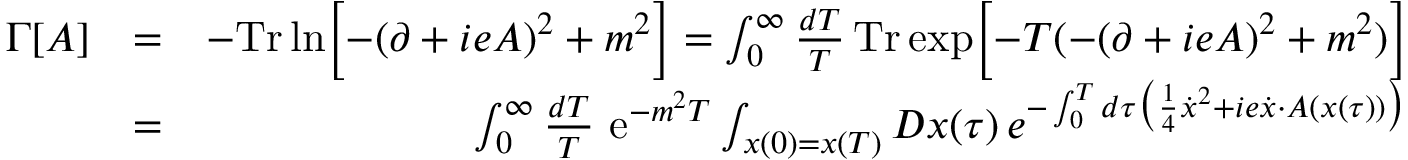
\begin{array} { r l r } { \Gamma [ A ] } & { = } & { - \mathrm { \mathrm { T r } \, } \mathrm { l n } \Bigl \lbrack - ( \partial + i e A ) ^ { 2 } + m ^ { 2 } \Bigr \rbrack = \int _ { 0 } ^ { \infty } \frac { d T } { T } \, \mathrm { T r } \, \mathrm { e x p } \Bigl \lbrack - T ( - ( \partial + i e A ) ^ { 2 } + m ^ { 2 } ) \Bigr \rbrack } \\ & { = } & { \int _ { 0 } ^ { \infty } \frac { d T } { T } \, \, \mathrm { e } ^ { - m ^ { 2 } T } \int _ { x ( 0 ) = x ( T ) } { \cal D } x ( \tau ) \, e ^ { - \int _ { 0 } ^ { T } d \tau \bigl ( { \frac { 1 } { 4 } } \dot { x } ^ { 2 } + i e \dot { x } \cdot A ( x ( \tau ) ) \bigr ) } } \end{array}